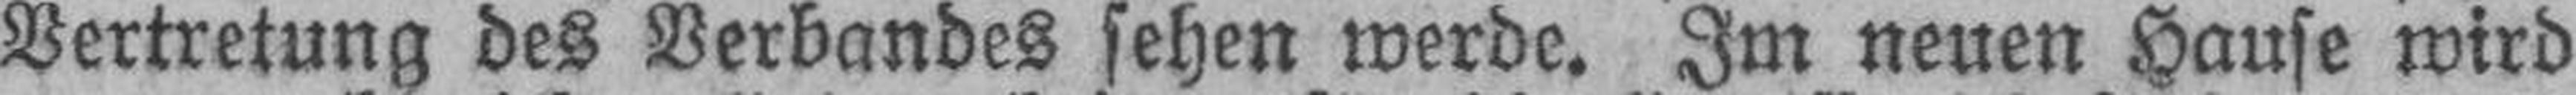
Vertretung des Verbandes sehen werde. Im neuen Hause wird